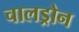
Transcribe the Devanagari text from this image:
चालड्रोन